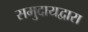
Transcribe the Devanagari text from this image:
समुदायद्वारा